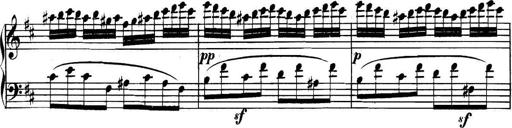
Title: Collected Piano Sonatas
Composer: Muzio Clementi